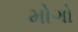
મોગો